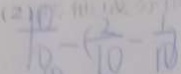
\frac { 1 0 } { 1 0 } - ( \frac { 2 } { 1 0 } - \frac { 1 } { 1 0 } )